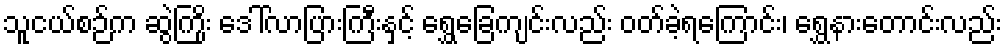
သူငယ်စဉ်က ဆွဲကြိုး ဒေါ်လာပြားကြီးနှင့် ရွှေခြေကျင်းလည်း ဝတ်ခဲ့ရကြောင်း၊ ရွှေနားတောင်းလည်း